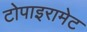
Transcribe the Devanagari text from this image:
टोपाइरामेट